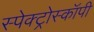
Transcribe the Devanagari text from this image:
स्पेक्ट्रोस्कॉपी